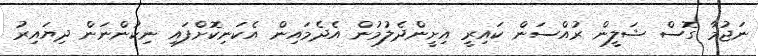
ނަޖުމާ ގޮސް ޝަލީން ރުއްސަން ކައިރީ އިށީންދެލުމުން އެދެމައިން އެކަނިކޮށްފައި ނިކުންނަން ދިޔައިރު